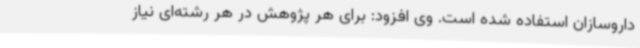
داروسازان استفاده شده است. وی افزود: برای هر پژوهش در هر رشته‌ای نیاز